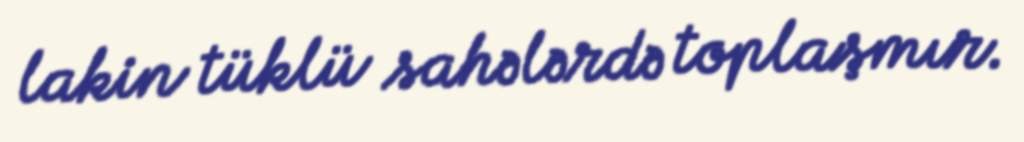
lakin tüklü sahələrdə toplaşmır.